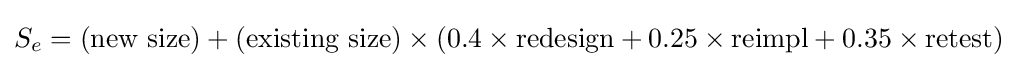
S_{e}=({\text{new size}})+({\text{existing size}})\times (0.4\times {\text{redesign}}+0.25\times {\text{reimpl}}+0.35\times {\text{retest}})